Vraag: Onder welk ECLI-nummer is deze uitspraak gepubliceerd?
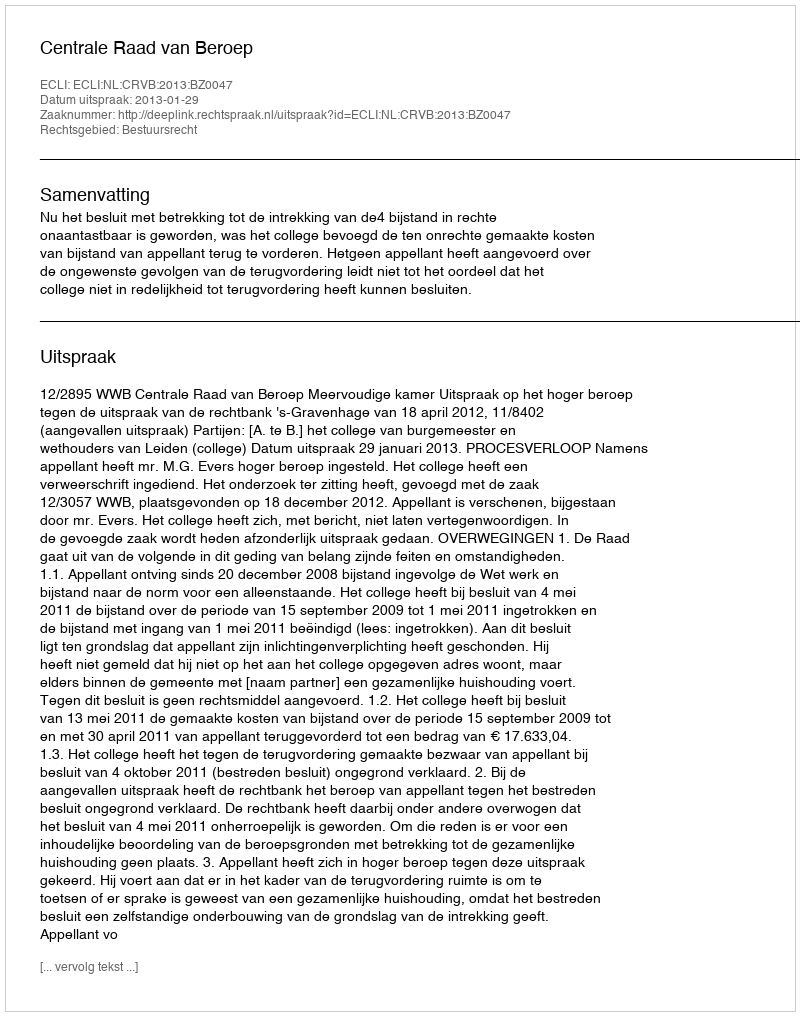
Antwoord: ECLI:NL:CRVB:2013:BZ0047